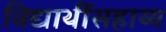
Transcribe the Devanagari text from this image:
विद्यार्थीसहाय्य